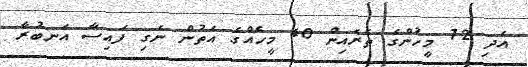
އަދި 72 މީހުންގެ ތެރެއިން 40 މީހެއްގެ އަތުން ނެގި ފައިސާ އަނބުރާ